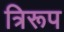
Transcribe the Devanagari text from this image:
त्रिरूप